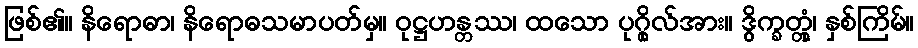
ဖြစ်၏။ နိရောဓာ၊ နိရောဓသမာပတ်မှ။ ဝုဋ္ဌဟန္တဿ၊ ထသော ပုဂ္ဂိုလ်အား။ ဒွိက္ခတ္တုံ၊ နှစ်ကြိမ်။